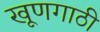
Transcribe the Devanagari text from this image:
खूणगाठी